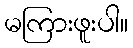
မကြားဖူးပါ။